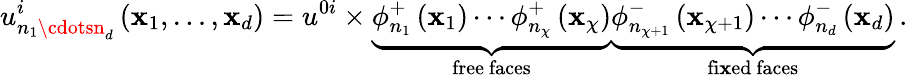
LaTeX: u_{n_{1}\cdotsn_{d}}^{i}\left(\mathbf{x}_{1},\ldots,\mathbf{x}_{d}\right)=u^{0i}\times\underset{\mathrm{{free~faces}}}{\underbrace{{\phi_{n_{1}}^{+}\left(\mathbf{x}_{1}\right)\cdots\phi_{n_{\chi}}^{+}\left(\mathbf{x}_{\chi}\right)}}}\underset{\mathrm{{fi\mathbf{x}ed~faces}}}{\underbrace{{\phi_{n_{\chi+1}}^{-}\left(\mathbf{x}_{\chi+1}\right)\cdots\phi_{n_{d}}^{-}\left(\mathbf{x}_{d}\right)}}}\, .